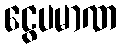
ငွေပမာဏ